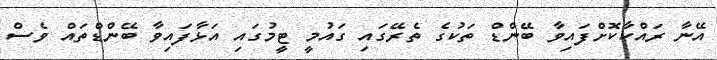
އޭނާ ރައްކާކޮށްފައިވާ ބޭންޑް ތަކުގެ ތެރޭގައި ގައުމީ ޓީމުގައި އަޅާފައިވާ ބޭންޑްތައް ވެސް